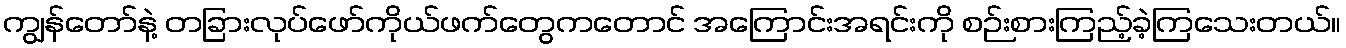
ကျွန်တော်နဲ့ တခြားလုပ်ဖော်ကိုယ်ဖက်တွေကတောင် အကြောင်းအရင်းကို စဉ်းစားကြည့်ခဲ့ကြသေးတယ်။